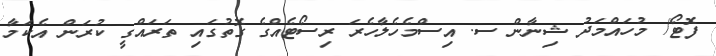
ފޮޓޯ/ މުހައްމަދު ޝިނާން ސ. އިސްމެހެލާހެރަ ރިސޯޓެއްގެ ގޮތުގައި ތަރައްގީ ކުރަން އެކަމާ